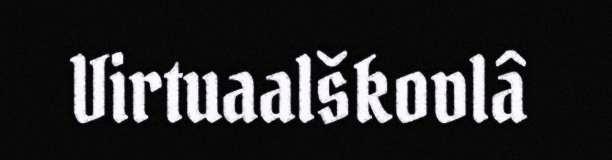
Virtuaalškovlâ